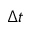
\Delta t